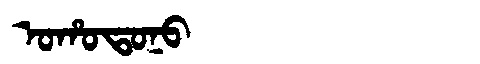
Manchu: ᠣᡥᠣᡨᠣᠨᠣ
Romanization: OHOTONO